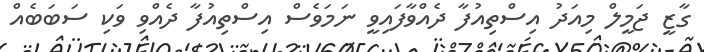
ގާޒީ ޖަމީލް މިއަދު އިސްތިއުފާ ދެއްވާފައިވީ ނަމަވެސް އިސްތިއުފާ ދެއްވި ވަކި ސަބަބެއް